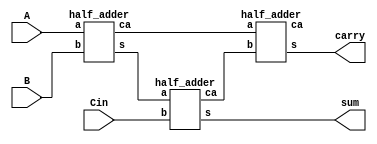
`timescale 1ns / 1ps


module Fa_Ha(input A,B,Cin,
    output sum,carry
    );
    wire w1_sum1,w2_carry1,w3,w4;
    half_adder a1(A,B,w1_sum1,w2_carry1);
    half_adder a2(w1_sum1,Cin,sum,w3 );
    half_adder a3(w2_carry1,w3,carry,w4);
endmodule

module half_adder(
    input a,b,
    output s,ca
    );
    xor x1(s,a,b);
    and a1(ca,a,b);

endmodule